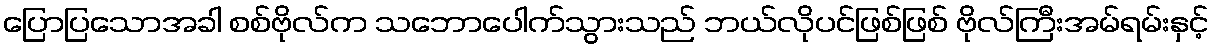
ပြောပြသောအခါ စစ်ဗိုလ်က သဘောပေါက်သွားသည် ဘယ်လိုပင်ဖြစ်ဖြစ် ဗိုလ်ကြီးအမ်ရမ်းနှင့်